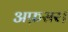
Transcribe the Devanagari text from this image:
अफ़सर।